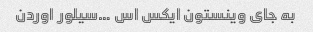
به جای وینستون ایکس اس …سیلور اوردن